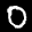
Label: 0